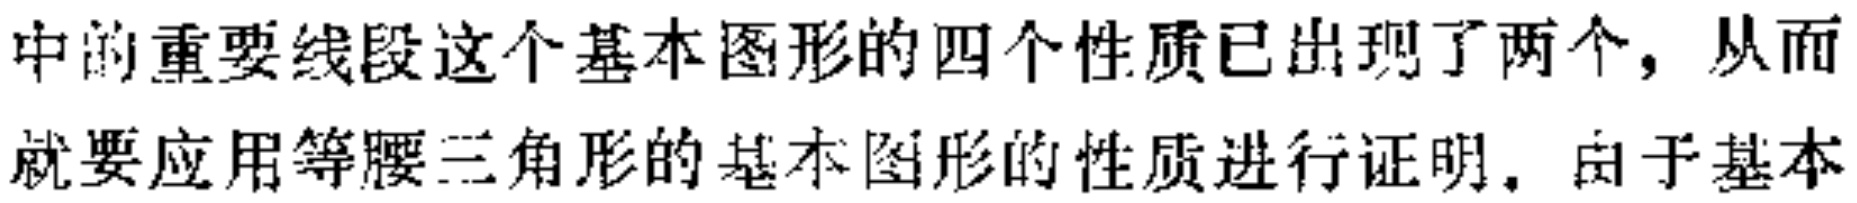
中的重要线段这个基本图形的四个性质已出现了两个，从而就要应用等腰三角形的基本图形的性质进行证明. 由于基本